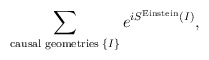
\begin{align*}\sum_{{\rm causal \; geometries}\;\{ I\} } e^{i S^{\rm Einstein}(I)},\end{align*}